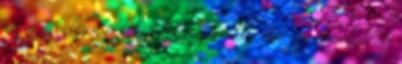
végig a váltást a felsőbb kategóriákba van egy menekülőút,